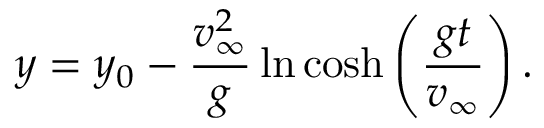
y = y _ { 0 } - { \frac { v _ { \infty } ^ { 2 } } { g } } \ln \cosh \left( { \frac { g t } { v _ { \infty } } } \right) .